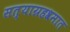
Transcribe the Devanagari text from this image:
सत्याग्रहश्रमात